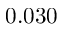
0 . 0 3 0